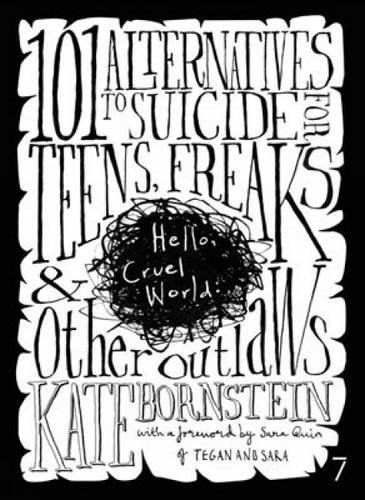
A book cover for Hello Cruel World: 101 Alternatives to Suicide for Teens, Freaks and Other Outlaws; Kate Bornstein; Self-Help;